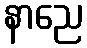
နာညေ